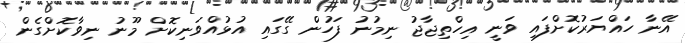
އޭނާ ހައްޔަރުކޮށްފައި ވަނީ އިހްތިޖާޖު ނިމުނު ފަހުން ގޭގައި އުޅުއްވަނިކޮށް މޫނު ނިވާކޮށްގެން